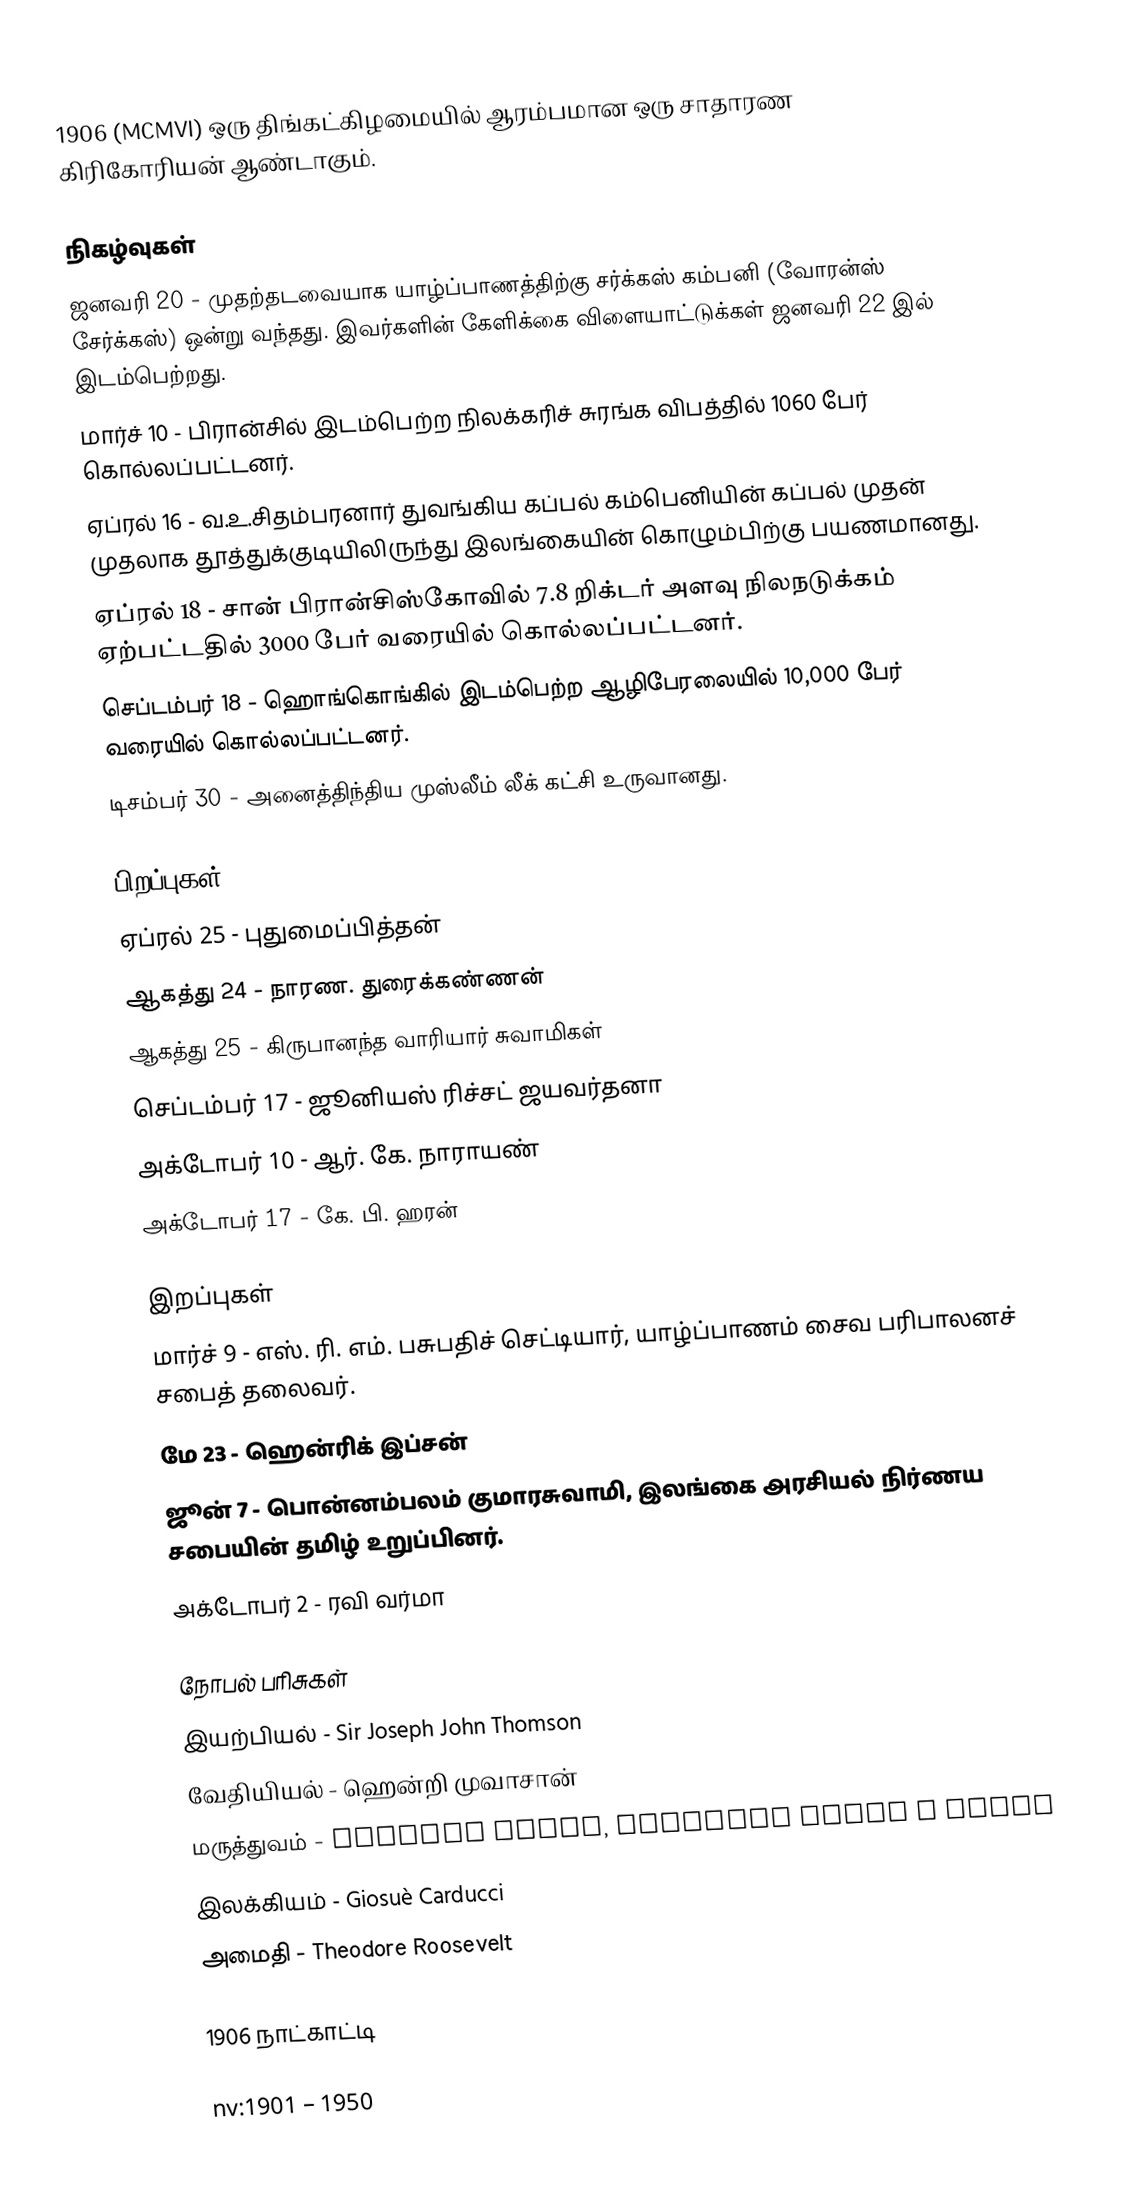
1906 (MCMVI) ஒரு திங்கட்கிழமையில் ஆரம்பமான ஒரு சாதாரண கிரிகோரியன் ஆண்டாகும்.

நிகழ்வுகள்
 ஜனவரி 20 - முதற்தடவையாக யாழ்ப்பாணத்திற்கு சர்க்கஸ் கம்பனி (வோரன்ஸ் சேர்க்கஸ்) ஒன்று வந்தது. இவர்களின் கேளிக்கை விளையாட்டுக்கள் ஜனவரி 22 இல் இடம்பெற்றது.
 மார்ச் 10 - பிரான்சில் இடம்பெற்ற நிலக்கரிச் சுரங்க விபத்தில் 1060 பேர் கொல்லப்பட்டனர்.
 ஏப்ரல் 16 - வ.உ.சிதம்பரனார் துவங்கிய கப்பல் கம்பெனியின் கப்பல்  முதன் முதலாக தூத்துக்குடியிலிருந்து இலங்கையின் கொழும்பிற்கு பயணமானது.
 ஏப்ரல் 18 - சான் பிரான்சிஸ்கோவில் 7.8 றிக்டர் அளவு நிலநடுக்கம் ஏற்பட்டதில் 3000 பேர் வரையில் கொல்லப்பட்டனர்.
 செப்டம்பர் 18 - ஹொங்கொங்கில் இடம்பெற்ற ஆழிபேரலையில் 10,000 பேர் வரையில் கொல்லப்பட்டனர்.
 டிசம்பர் 30 - அனைத்திந்திய முஸ்லீம் லீக் கட்சி உருவானது.

பிறப்புகள்
 ஏப்ரல் 25 - புதுமைப்பித்தன்
 ஆகத்து 24 - நாரண. துரைக்கண்ணன்
 ஆகத்து 25 - கிருபானந்த வாரியார் சுவாமிகள்
 செப்டம்பர் 17 - ஜூனியஸ் ரிச்சட் ஜயவர்தனா
 அக்டோபர் 10 - ஆர். கே. நாராயண்
 அக்டோபர் 17 - கே. பி. ஹரன்

இறப்புகள்
 மார்ச் 9 - எஸ். ரி. எம். பசுபதிச் செட்டியார், யாழ்ப்பாணம் சைவ பரிபாலனச் சபைத் தலைவர்.
 மே 23 - ஹென்ரிக் இப்சன்
 ஜூன் 7 - பொன்னம்பலம் குமாரசுவாமி, இலங்கை அரசியல் நிர்ணய சபையின் தமிழ் உறுப்பினர்.
 அக்டோபர் 2 - ரவி வர்மா

நோபல் பரிசுகள்
 இயற்பியல் - Sir Joseph John Thomson
 வேதியியல் - ஹென்றி முவாசான்
 மருத்துவம் - Camillo Golgi, Santiago Ramón y Cajal
 இலக்கியம் - Giosuè Carducci
 அமைதி - Theodore Roosevelt

1906 நாட்காட்டி

nv:1901 – 1950